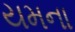
યમના